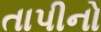
તાપીનો